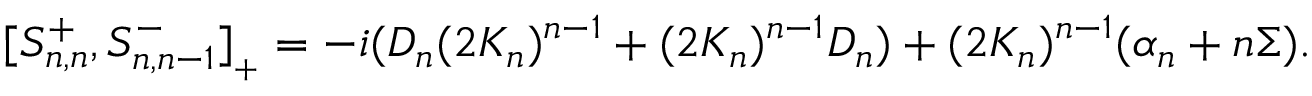
[ S _ { n , n } ^ { + } , S _ { n , n - 1 } ^ { - } ] _ { { } _ { + } } = - i ( D _ { n } ( 2 K _ { n } ) ^ { n - 1 } + ( 2 K _ { n } ) ^ { n - 1 } D _ { n } ) + ( 2 K _ { n } ) ^ { n - 1 } ( \alpha _ { n } + n \Sigma ) .